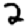
Digit: 2